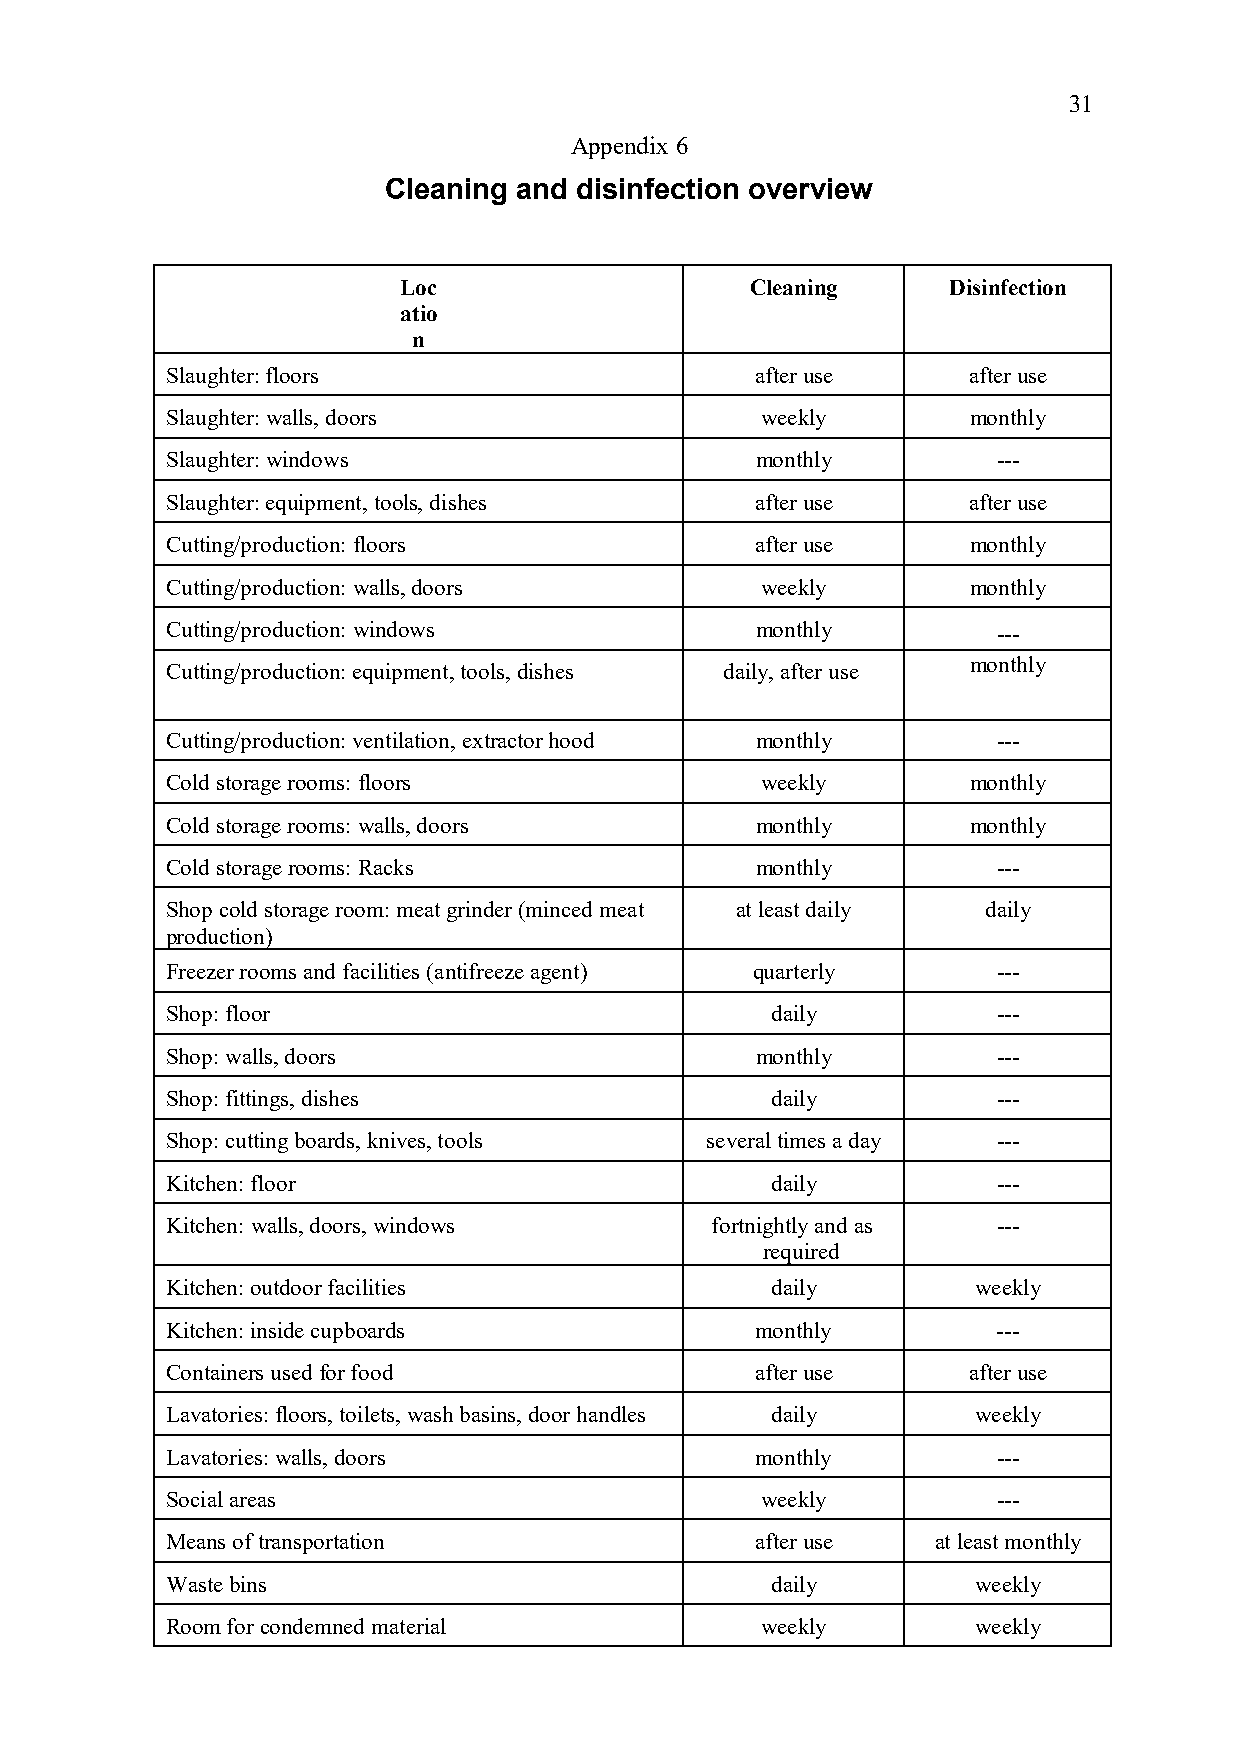
31
 Appendix 6
 Cleaning and disinfection overview
 Loc                    Cleaning     Disinfection
 atio
 n
 Slaughter: floors                      after use     after use
 Slaughter: walls, doors                weekly        monthly
 Slaughter: windows                     monthly         ---
 Slaughter: equipment, tools, dishes    after use     after use
 Cutting/production: floors             after use     monthly
 Cutting/production: walls, doors       weekly        monthly
 Cutting/production: windows            monthly         ---
 monthly
 Cutting/production: equipment, tools, dishes daily, after use
 Cutting/production: ventilation, extractor hood monthly ---
 Cold storage rooms: floors             weekly        monthly
 Cold storage rooms: walls, doors       monthly       monthly
 Cold storage rooms: Racks              monthly         ---
 Shop cold storage room: meat grinder (minced meat at least daily daily
 production)
 Freezer rooms and facilities (antifreeze agent) quarterly ---
 Shop: floor                             daily          ---
 Shop: walls, doors                     monthly         ---
 Shop: fittings, dishes                  daily          ---
 Shop: cutting boards, knives, tools several times a day ---
 Kitchen: floor                          daily          ---
 Kitchen: walls, doors, windows      fortnightly and as ---
 required
 Kitchen: outdoor facilities             daily         weekly
 Kitchen: inside cupboards              monthly         ---
 Containers used for food               after use     after use
 Lavatories: floors, toilets, wash basins, door handles daily weekly
 Lavatories: walls, doors               monthly         ---
 Social areas                           weekly          ---
 Means of transportation                after use   at least monthly
 Waste bins                              daily         weekly
 Room for condemned material            weekly         weekly